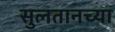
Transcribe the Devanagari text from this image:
सुलतानच्या